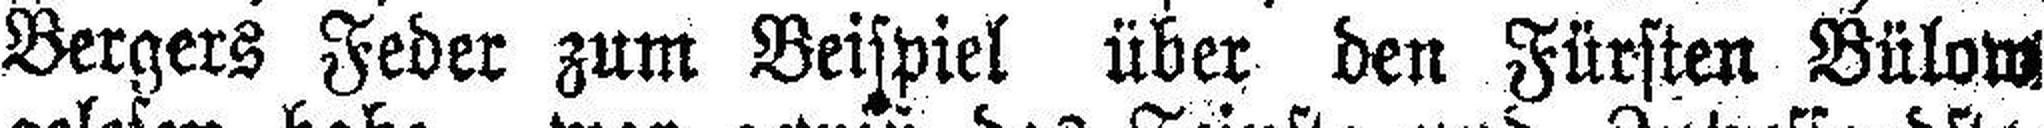
Bergers Feder zum Beispiel über den Fürsten Bülow